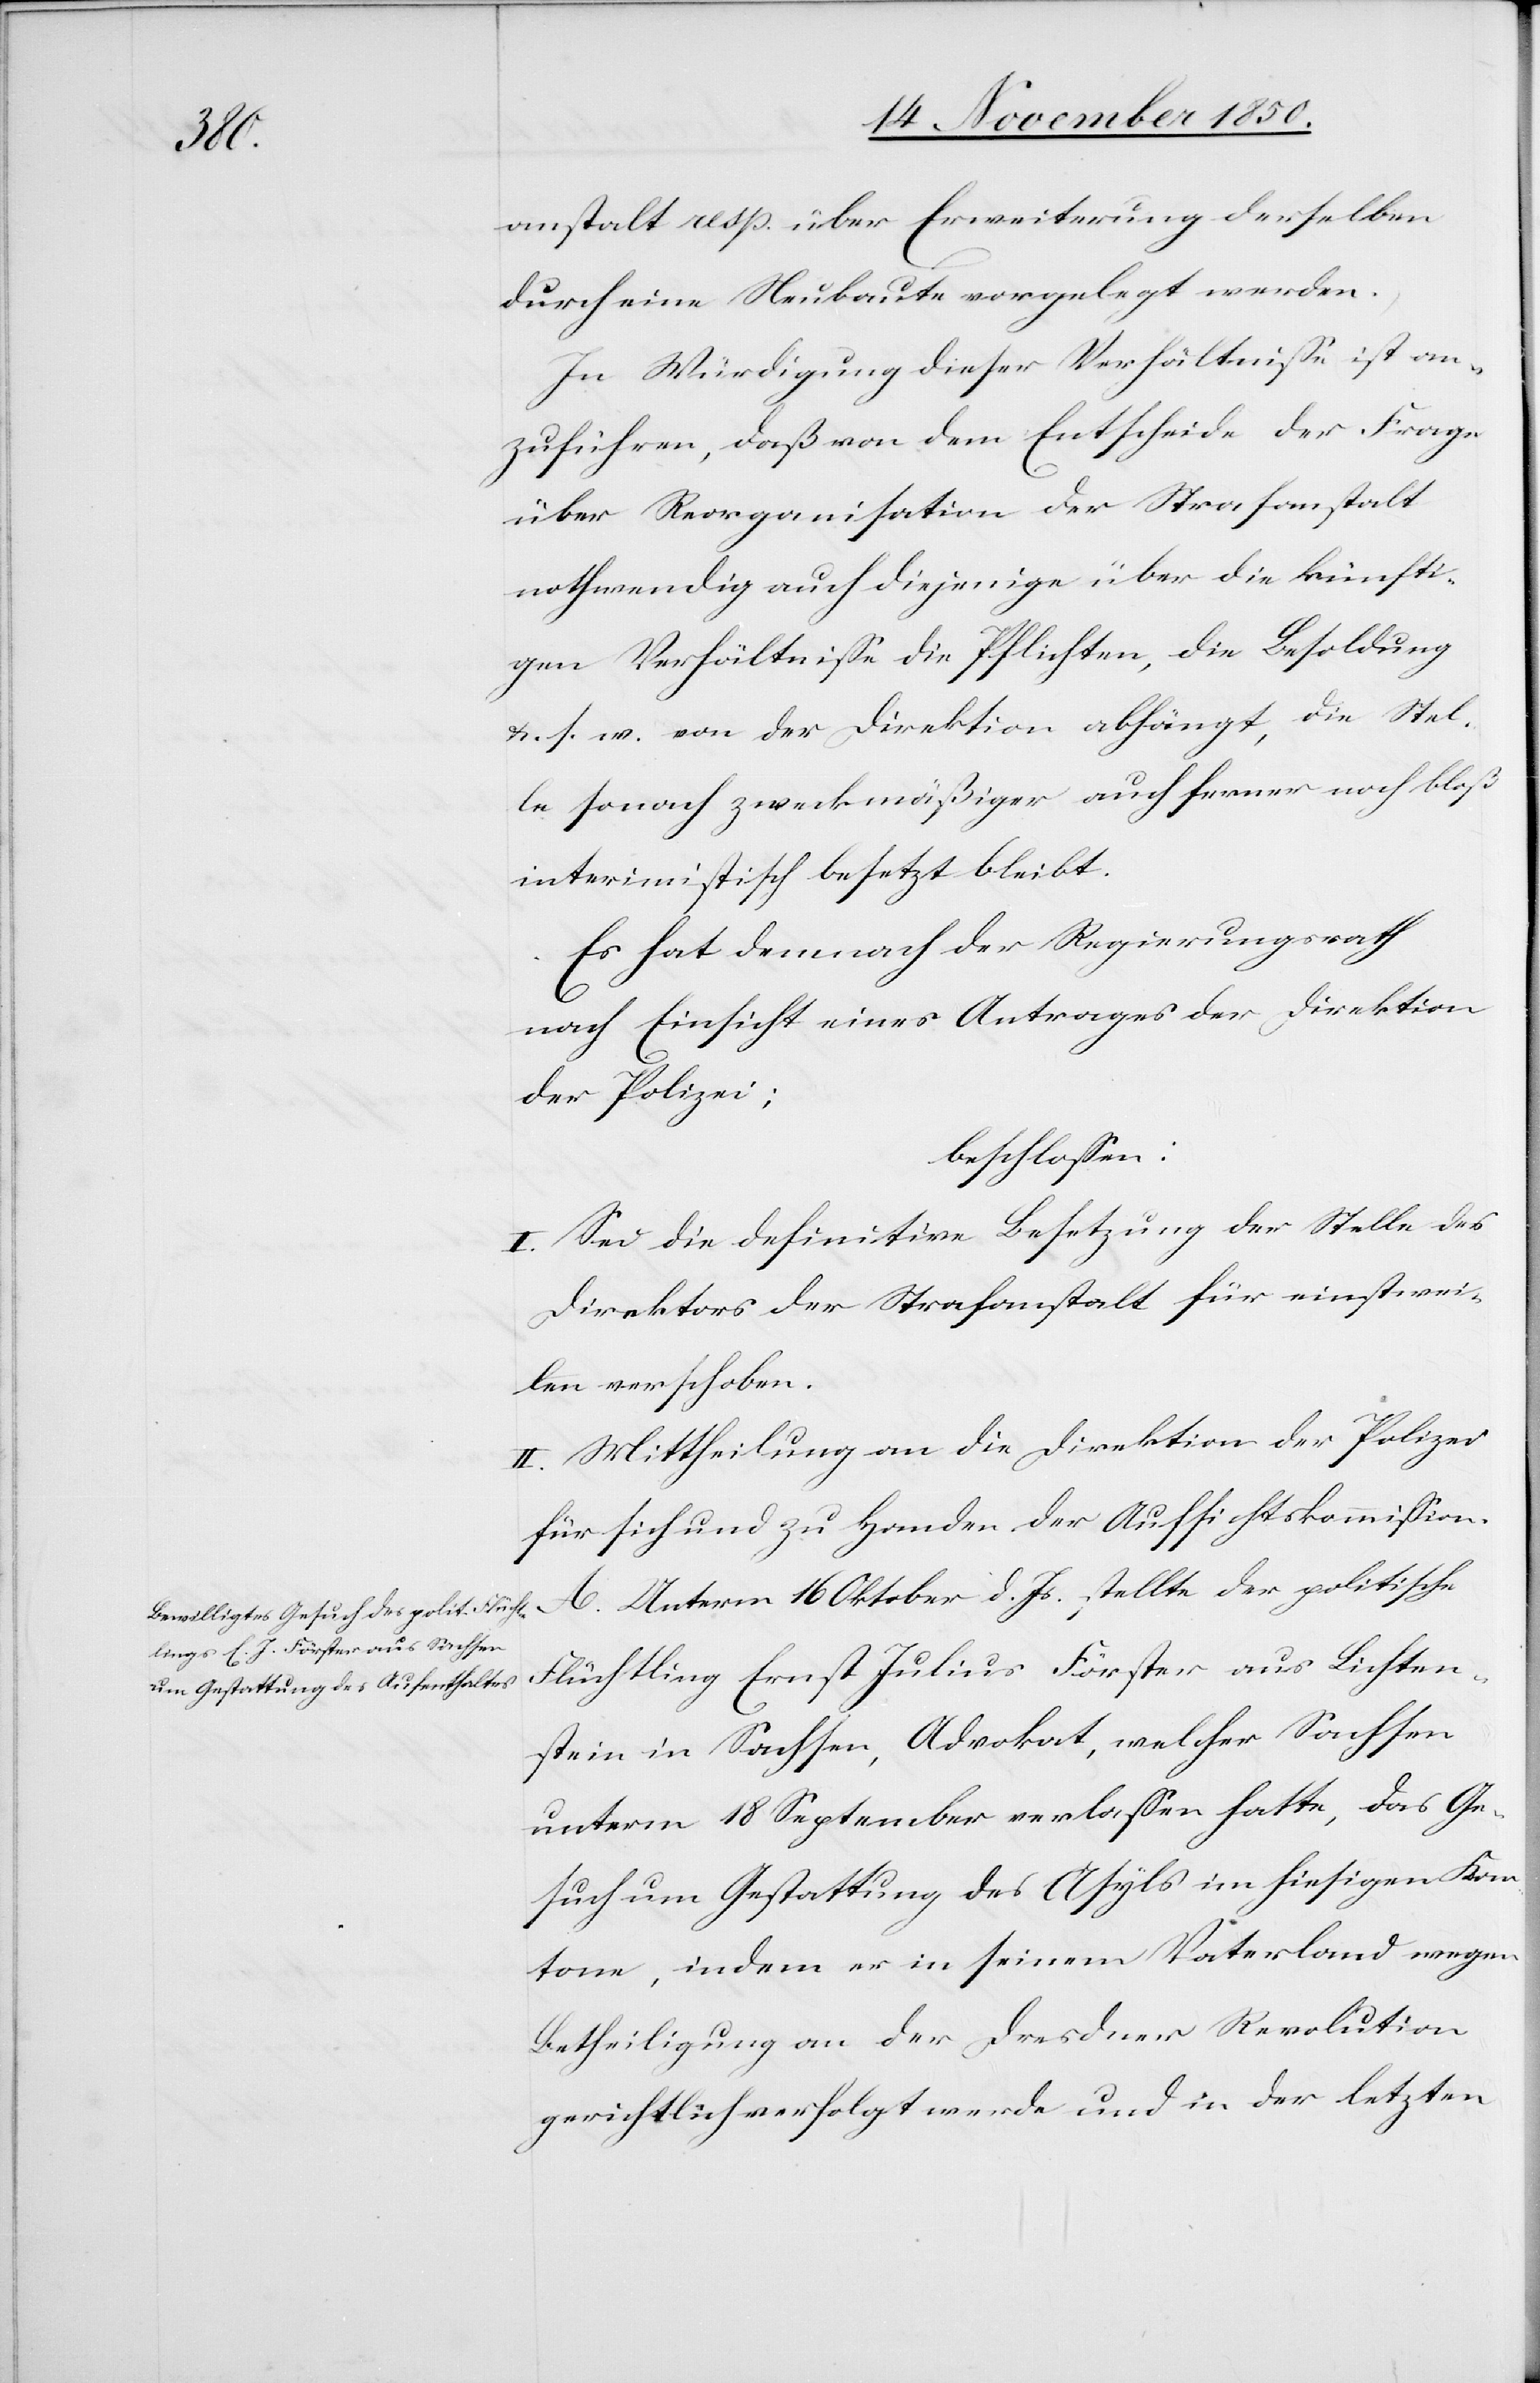
Js.

anstalt resp. über Erweiterung derselben
durch eine Neubaute vorgelegt werden.
In Würdigung dieser Verhältnisse ist an¬
zuführen, daß von dem Entscheide der Frage
über Reorganisation der Strafanstalt
nothwendig auch diejenige über die künfti¬
gen Verhältnisse[,] die Pflichten, die Besoldung
u. s. w. von der Direktion abhängt, die Stel¬
le sonach zweckmäßiger auch ferner noch bloß
interimistisch besetzt bleibt.
Es hat demnach der Regierungsrath
nach Einsicht eines Antrages der Direktion
der Polizei;
beschlossen:
I. Sei die definitive Besetzung der Stelle des
Direktors der Strafanstalt für einstwei¬
len verschoben.
II. Mittheilung an die Direktion der Polizei
für sich und zu Handen der Aufsichtskommission.
Flüchtling Ernst Julius Förster aus Lichten¬
stein in Sachsen, Advokat, welcher Sachsen
unterm 18 September verlassen hatte, das Ge¬
such um Gestattung des Asyls im hiesigen Kan¬
tone, indem er in seinem Vaterland wegen
Betheiligung an der Dresdner Revolution
gerichtlich verfolgt werde und in der letzten